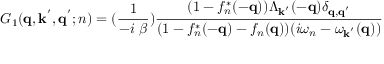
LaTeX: G _ { 1 } ( { \bf { q } } , { \bf { k } } ^ { ' } , { \bf { q } } ^ { ' } ; n ) = ( \frac { 1 } { - i \mathrm { ~ } \beta } ) \frac { ( 1 - f _ { n } ^ { * } ( - { \bf { q } } ) ) \Lambda _ { { \bf { k } } ^ { ' } } ( - { \bf { q } } ) \delta _ { { \bf { q } } , { \bf { q } } ^ { ' } } } { ( 1 - f _ { n } ^ { * } ( - { \bf { q } } ) - f _ { n } ( { \bf { q } } ) ) ( i \omega _ { n } - \omega _ { { \bf { k } } ^ { ' } } ( { \bf { q } } ) ) }